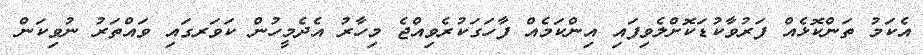
އެކަމު ތަންކޮޅެއް ފަރުވާކުޑަކޮށްލެވިފައި އިންކަމެއް ފާހަގަކުރެވިއްޖެ މިހާރު އެދެމީހުން ކަވަރގައި ވައްތަރު ނުވިކަން